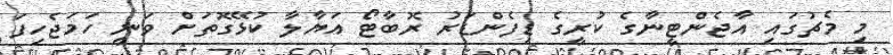
މި މެޗުގައި އާޖެންޓީނާގެ ކުރީގެ ޑިފެންޑަރު ރޮބާޓޯ އަޔާލާ ކުޅޭގޮތަށް ވަނީ ހަމަޖެހިފަ